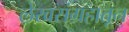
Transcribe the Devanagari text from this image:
लेखसंग्रहातून